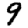
Digit: 9